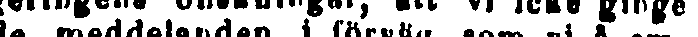
geringens önskningar, att vi icke ginge